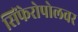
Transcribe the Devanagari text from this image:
सिंफेरोपोलवर